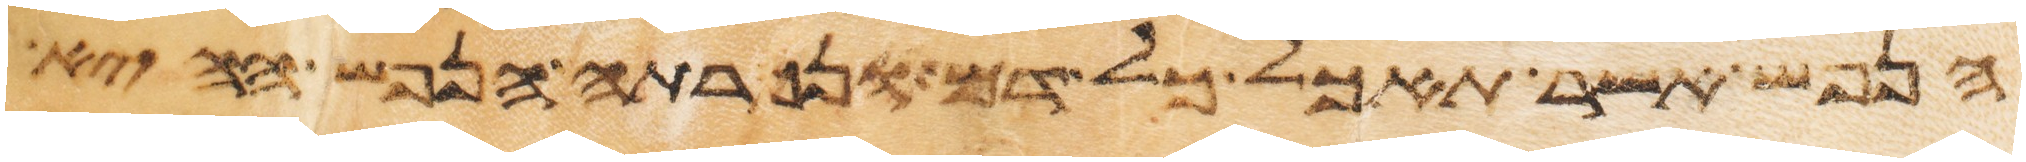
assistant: הנפש אשר תאכל כל דם ונכרתה הנפש ההיא